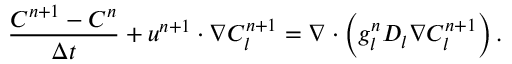
\frac { C ^ { n + 1 } - C ^ { n } } { \Delta t } + \boldsymbol { u } ^ { n + 1 } \cdot \nabla C _ { l } ^ { n + 1 } = \nabla \cdot \left( g _ { l } ^ { n } D _ { l } \nabla C _ { l } ^ { n + 1 } \right) .